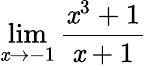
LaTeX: \lim\limits_{\mathit{x}\rightarrow-1}\frac{{\mathit{x}^{3}+1}}{{\mathit{x}+1}}